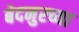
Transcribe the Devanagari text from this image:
बेदनुरच्या